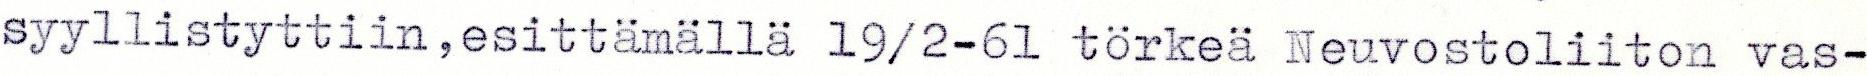
syyllistyttiin,esittämällä 19/2-61 törkeä Neuvostoliiton vas-